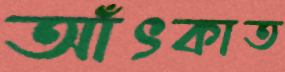
আঁৎকাত